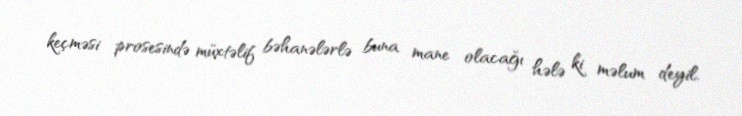
keçməsi prosesində müxtəlif bəhanələrlə buna mane olacağı hələ ki məlum deyil.